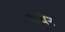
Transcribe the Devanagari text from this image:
वाघेन